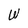
Character: W